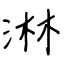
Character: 淋